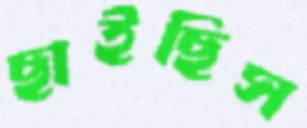
ছাইছিস